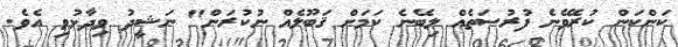
ކަންކަން ކުރެވޭނެ ފުރުސަތެއް ލިބޭނެ ކަމަށް ޤަބޫލެއް ނުކުރަން" ނަޝީދު ވިދާޅުވި އެވެ.